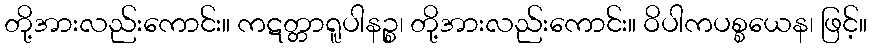
တို့အားလည်းကောင်း။ ကဋတ္တာရူပါနဉ္စ၊ တို့အားလည်းကောင်း။ ဝိပါကပစ္စယေန၊ ဖြင့်။